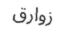
زوارق